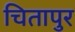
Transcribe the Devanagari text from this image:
चितापुर